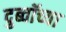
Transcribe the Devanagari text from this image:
दुब्वॉच्या